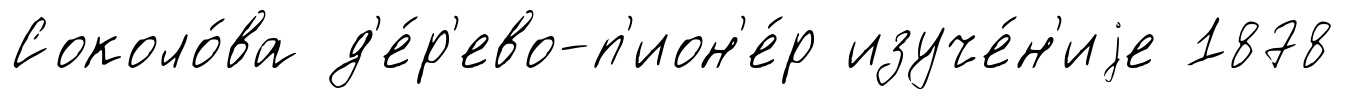
Соколо́ва д'е́р'ево-п'ион'е́р изуче́н'иjе 1878